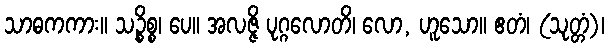
သာဓကကား။ သဉ္စိစ္စ၊ ပေ။ အလဇ္ဇိ ပုဂ္ဂလောတိ၊ လော, ဟူသော။ ဧတံ၊ (သုတ္တံ)၊